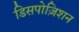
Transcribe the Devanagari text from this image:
डिसपोज़िशन